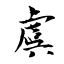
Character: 虞